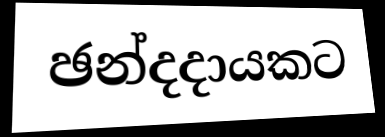
ඡන්දදායකට